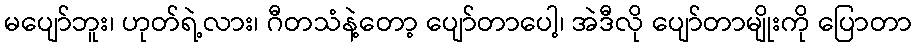
မပျော်ဘူး၊ ဟုတ်ရဲ့လား၊ ဂီတသံနဲ့တော့ ပျော်တာပေါ့၊ အဲဒီလို ပျော်တာမျိုးကို ပြောတာ